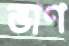
ভাণ